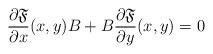
LaTeX: \begin{align*}\frac{\partial {\mathfrak{F}}}{\partial x }(x,y)B+B\frac{\partial {\mathfrak{F}}}{\partial y}(x,y)=0\end{align*}